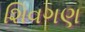
શિવગણ